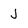
Character: J